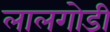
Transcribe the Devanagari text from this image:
लालगोडी